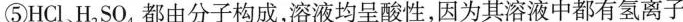
⑤HCl、H_{2}SO_{4}都由分子构成，溶液均呈酸性，因为其溶液中都有氢离子